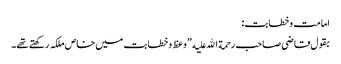
امامت وخطابت:
بقول قاضی صاحب رحمة الله علیه ”وعظ وخطابت میں خاص ملکہ رکھتے تھے۔